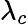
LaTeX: \lambda_{c}